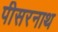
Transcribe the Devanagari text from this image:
पीसरनाथ